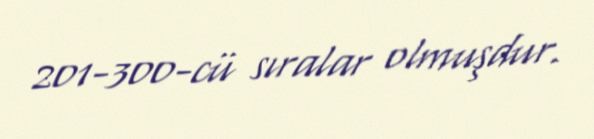
201-300-cü sıralar olmuşdur.